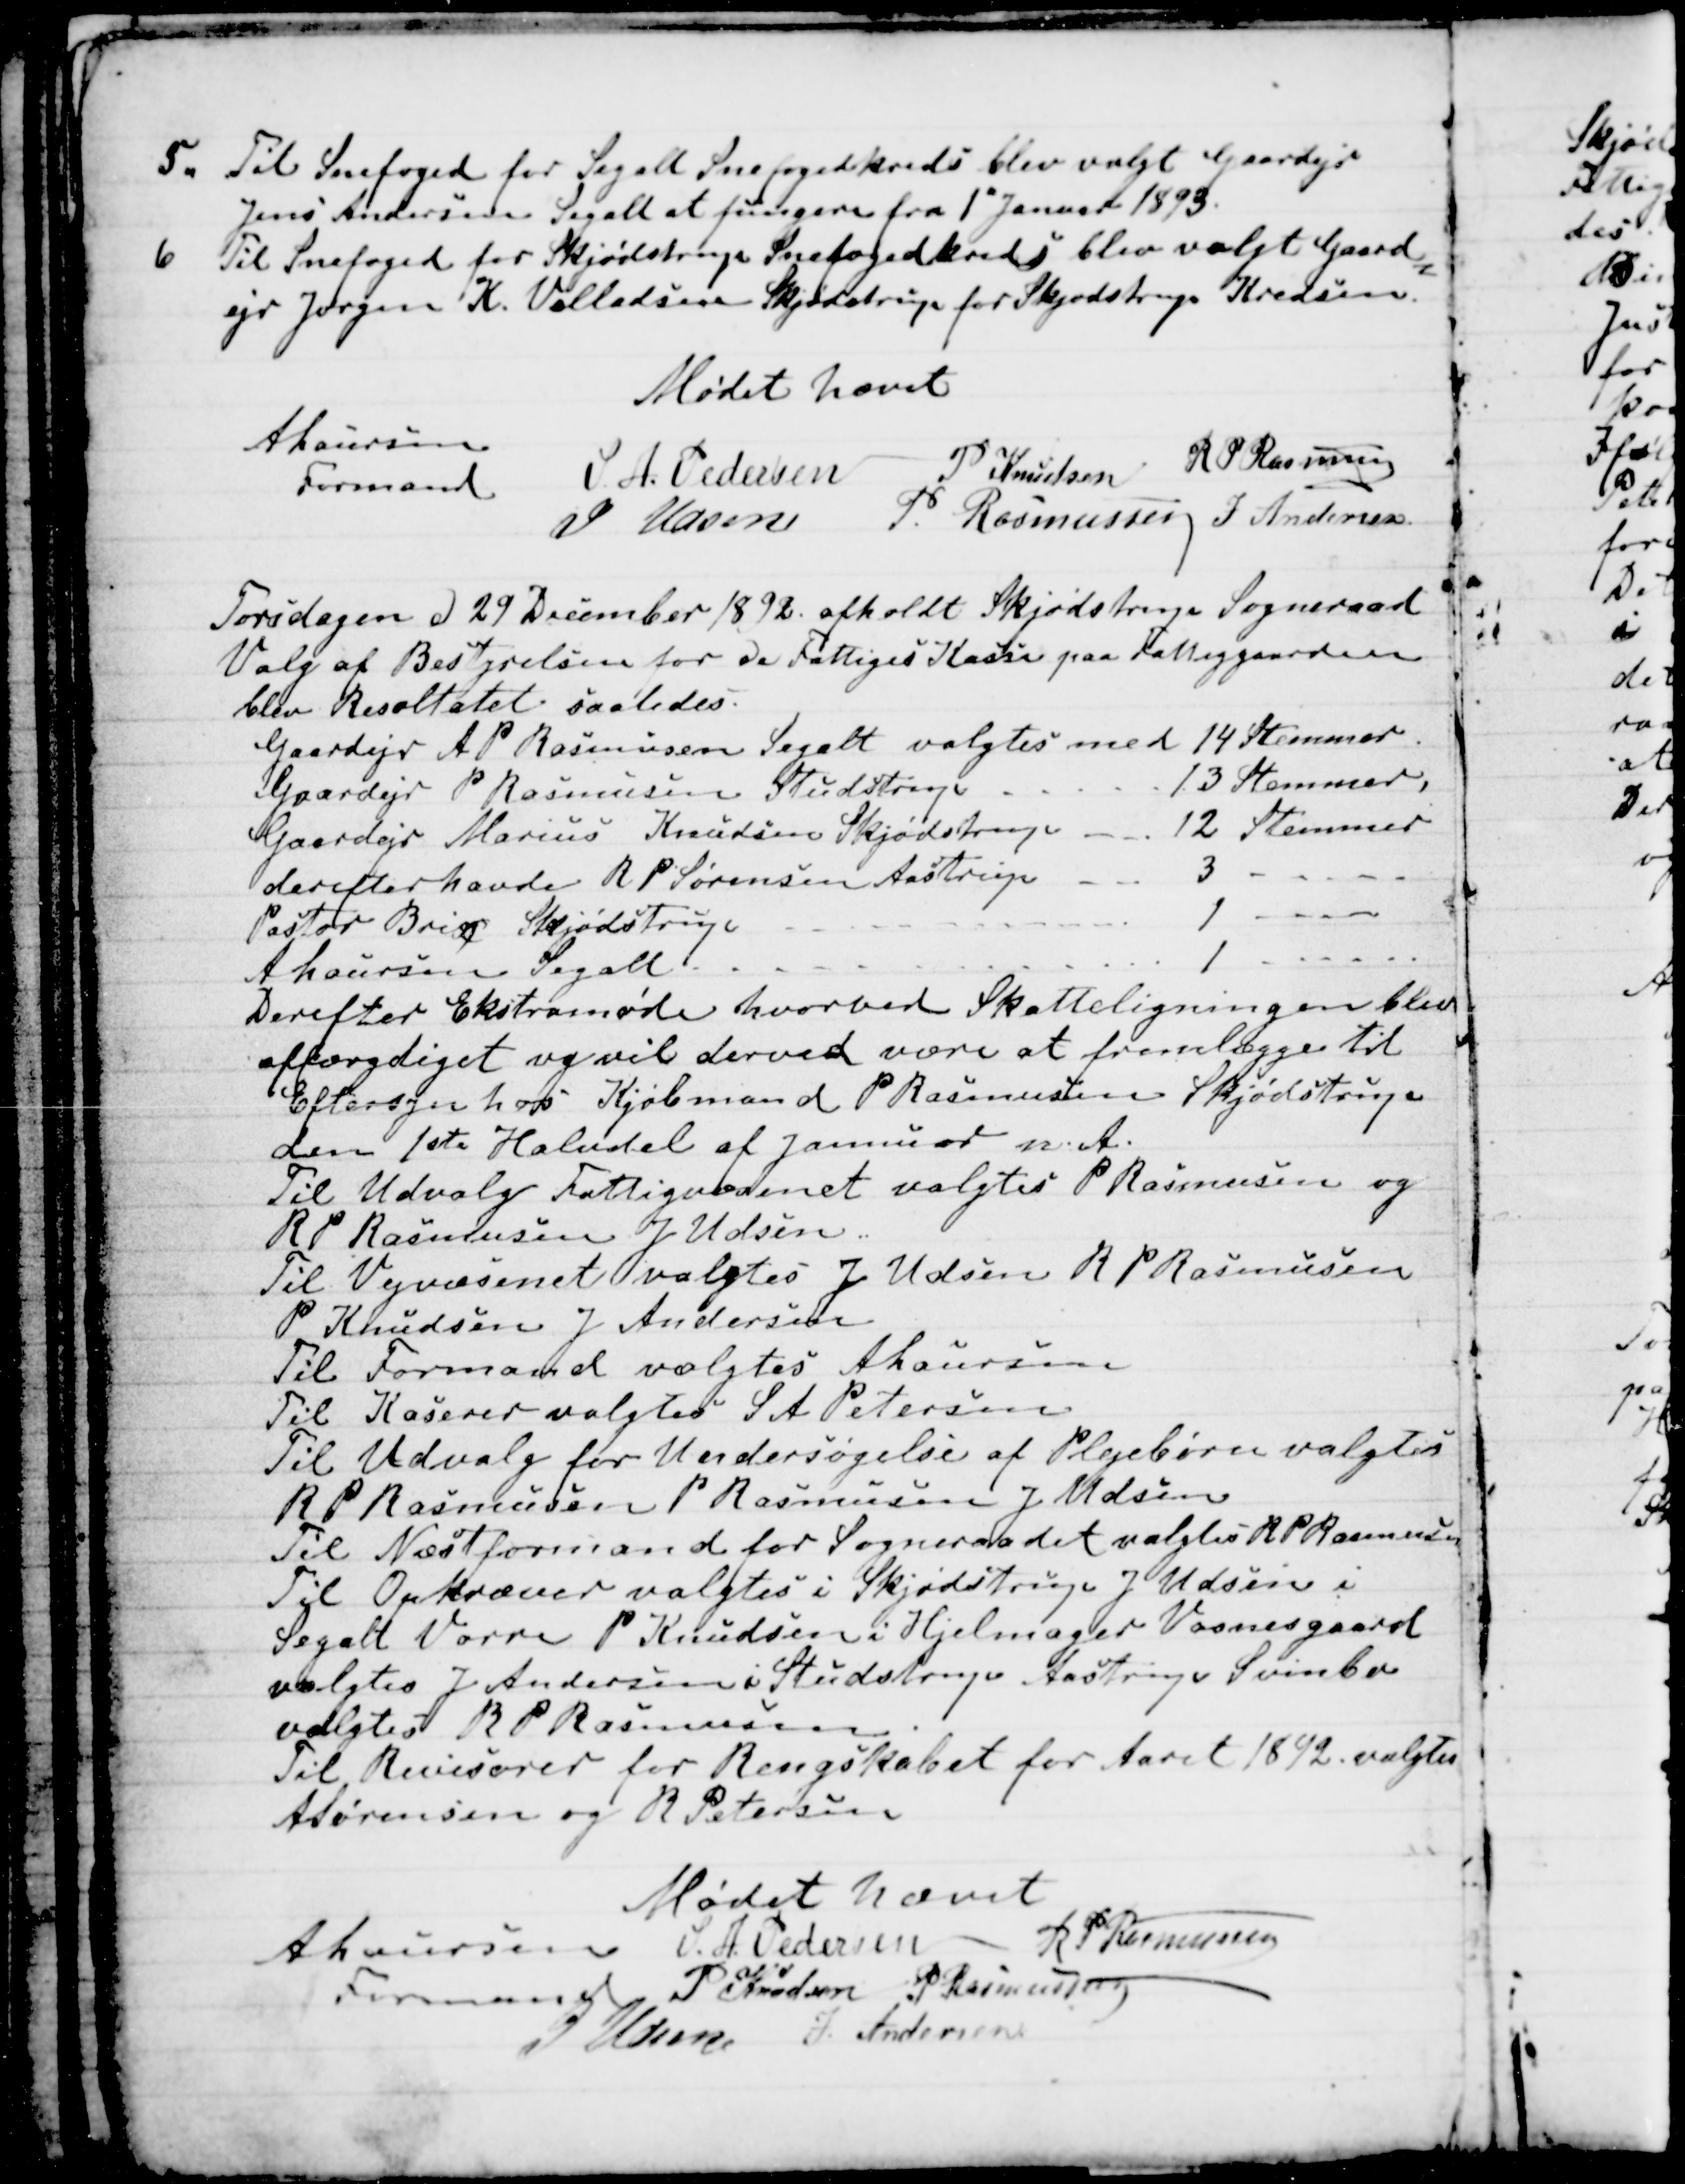
Transskription:
5. Til Snefoged for Segalt Snefogedkreds blev valgt Gaardejr
Jens Andersen Segalt at fungere fra 1" Januar 1893.
6 Til Snefoged for Skjødstrup Snefogedkreds blev valgt Gaard
=
ejr Jørgen K. Villadsen Skjødstrup for Skjødstrup Kredsen.
Mødet hævet
A Laursen
Formand
S. A Pedersen
P Knudsen
R P Rasmussen
J Udsen
P. Rasmussen
J Andersen

Torsdagen d 29 December 1892 afholdt Skjødstrup Sogneraad
Valg af Bestyrelsen for de Fattiges Kasse paa Fattiggaarden
blev Resultatet saaledes.
Gaardejr A P Rasmussen Segalt valgtes med 14 Stemmer.
Gaardejr P Rasmussen Studstrup 
13 Stemmer,
Gaardejr Marius Knudsen Skjødstrup 
12 Stemmer
derefter havde R P Sørensen Aastrup 
3 
Pastor Brix Skjødstrup 
1 
A Laursen Segalt 
1
Derefter Ekstramøde hvorved Skatteligningen blev
affærdiget og vil derved være at fremlægge til
Eftersyn hos Kjøbmand P Rasmussen Skjødstrup
den 1ste Halvdel af Januar n. A.
Til Udvalg Fattigvæsenet valgtes P Rasmussen og
R P Rasmussen J Udsen.
Til Vejvæsenet valgtes J Udsen R P Rasmussen
P Knudsen J Andersen
Til Formand valgtes A Laursen
Til Kaserer valgtes S A Petersen
Til Udvalg for Undersøgelse af Plejebørn valgtes
R P Rasmussen P Rasmussen J Udsen
Til Næstformand for Sogneraadet valgtes R P Rasmussen
Til Opkræver valgtes i Skjødstrup J Udsen i
Segalt Vorre P Knudsen i Hjelmager Vosnesgaard
valgtes J Andersen i Studstrup Aastrup Svinbo
valgtes R P Rasmussen.
Til Revisorer for Regnskabet for Aaret 1892 valgtes
A Sørensen og R Petersen
Mødet Hævet
A Laursen
Formand
S. A. Pedersen
R P Rasmussen
P Knudsen
P Rasmussen
J Udsen
J. Andersen